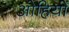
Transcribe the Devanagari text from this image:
ओहियों